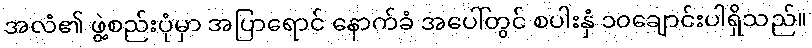
အလံ၏ ဖွဲ့စည်းပုံမှာ အပြာရောင် နောက်ခံ အပေါ်တွင် စပါးနှံ ၁၀ချောင်းပါရှိသည်။